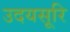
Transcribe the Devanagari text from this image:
उदयसूरि